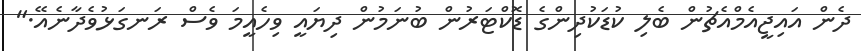
ދެން އައިޖީއެމްއެޗުން ބެލި ކުޑަކުދިންގެ ޑޮކްޓަރުން ބުނަމުން ދިޔައީ ވިހެއީމަ ވެސް ރަނގަޅުވެދާނެއޭ."